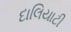
દાલિયાટી